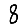
Digit: 8